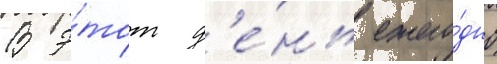
В э́тот д'е́нь ежего́дно